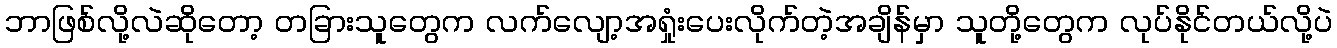
ဘာဖြစ်လို့လဲဆိုတော့ တခြားသူတွေက လက်လျော့အရှုံးပေးလိုက်တဲ့အချိန်မှာ သူတို့တွေက လုပ်နိုင်တယ်လို့ပဲ